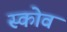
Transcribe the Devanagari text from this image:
स्‍कोव